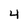
Character: 4